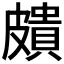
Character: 𥀠